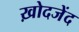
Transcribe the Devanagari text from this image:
ख़ोदजेंद